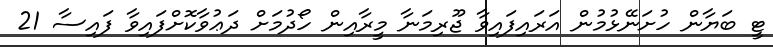
ޓީ ބަޔާން ހުށަނޭޅުމުން އަރައިފައިވާ ޖޫރިމަނާ މީރާއިން ހޯދުމަށް ދަޢުވާކޮށްފައިވާ ފައިސާ 21